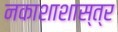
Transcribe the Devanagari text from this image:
नकाशाशास्त्र